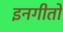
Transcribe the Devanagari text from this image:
इनगीतों